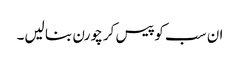
ان سب کو پیس کر چورن بنا لیں۔